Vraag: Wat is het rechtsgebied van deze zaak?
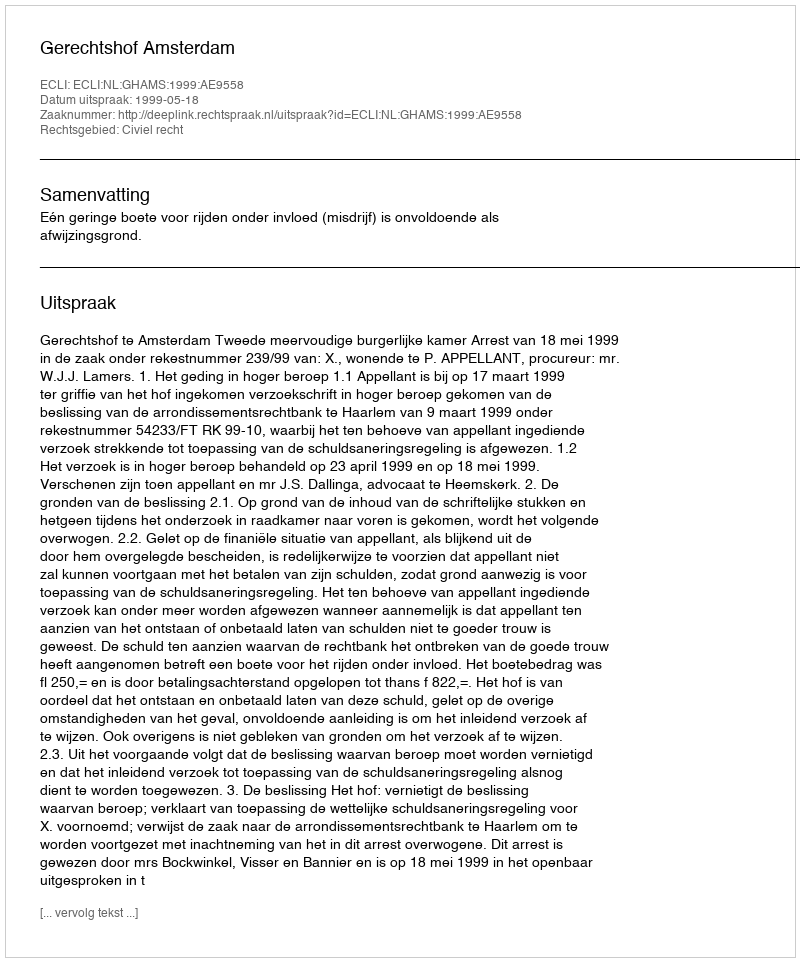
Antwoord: Civiel recht